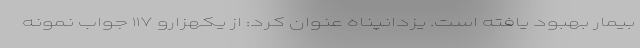
بیمار بهبود یافته است. یزدانپناه عنوان کرد: از یکهزارو ۱۱۷ جواب نمونه